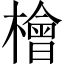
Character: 檜